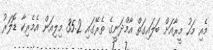
މެއި މަހު މީރާއަށް ބަލައިގަތް އާމްދަނީގެ ތެރޭގައި 35.2 މިލިއަން އެމެރިކާ ޑޮލަރު